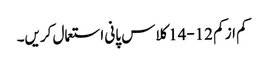
کم از کم 12-14کلاس پانی استعمال کریں۔